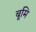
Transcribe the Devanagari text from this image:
बूमि